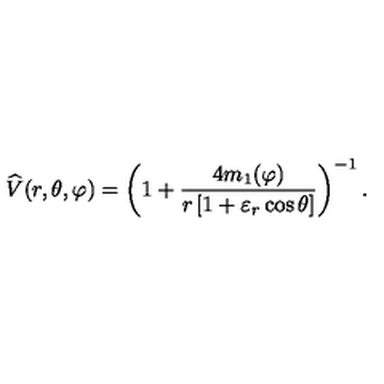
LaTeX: { \widehat { V } } ( r , \theta , \varphi ) = \left( 1 + { \frac { 4 m _ { 1 } ( \varphi ) } { r \left[ 1 + \varepsilon _ { r } \cos \theta \right] } } \right) ^ { - 1 } .